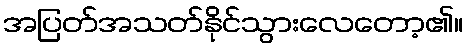
အပြတ်အသတ်နိုင်သွားလေတော့၏။